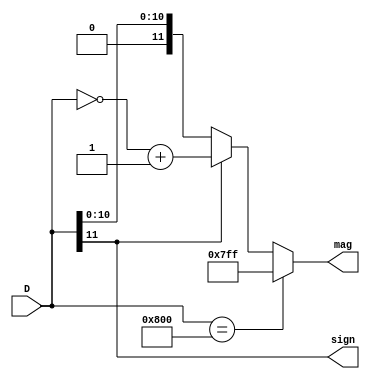
`timescale 1ns / 1ps
//////////////////////////////////////////////////////////////////////////////////
// Company: 
// Engineer: 
// 
// Design Name: 
// Module Name: SIGNCVT
// Project Name: 
// Target Devices: 
// Tool Versions: 
// Description: 
// 
// Dependencies: 
// 
// Revision:
// Revision 0.01 - File Created
// Additional Comments:
// 
//////////////////////////////////////////////////////////////////////////////////


module SIGNCVT(
    D, sign, mag
    );
    input [11:0] D;
    output reg sign;
    output reg [11:0] mag;
    
    always @(D) begin
        sign = D[11];
        if(D == 12'b100000000000)
            mag = 12'b011111111111;
        else if(sign == 1)
            mag = ~D + 1;
        else
            mag = D;
     end
endmodule